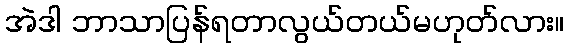
အဲဒါ ဘာသာပြန်ရတာလွယ်တယ်မဟုတ်လား။